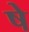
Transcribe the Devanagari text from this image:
षे